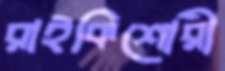
রাইকিশোরী